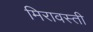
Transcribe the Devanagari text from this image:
मिरावस्ती